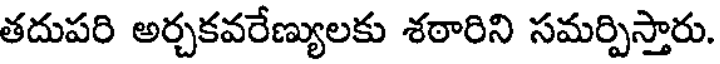
తదుపరి అర్చకవరేణ్యులకు శఠారిని సమర్పిస్తారు.